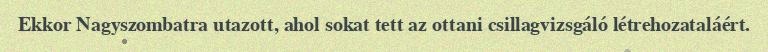
Ekkor Nagyszombatra utazott, ahol sokat tett az ottani csillagvizsgáló létrehozataláért.